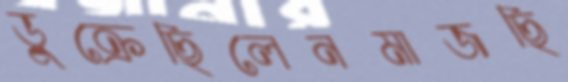
ডুক্‌রেছিলেনমাজছি